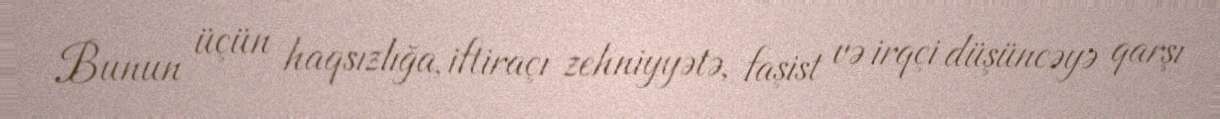
Bunun üçün haqsızlığa, iftiraçı zehniyyətə, faşist və irqçi düşüncəyə qarşı